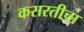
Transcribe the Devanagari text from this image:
कसरतीचा